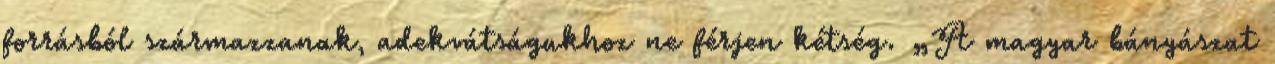
forrásból származzanak, adekvátságukhoz ne férjen kétség. „A magyar bányászat